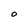
Character: O